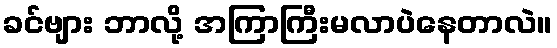
ခင်ဗျား ဘာလို့ အကြာကြီးမလာပဲနေတာလဲ။